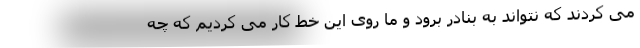
می کردند که نتواند به بنادر برود و ما روی این خط کار می کردیم که چه